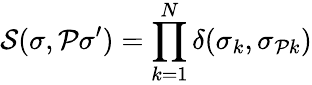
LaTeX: {\cal S}(\sigma,\mathcal{P}\sigma^{\prime})=\prod_{k=1}^{N}\delta(\sigma_{k},\sigma_{\mathcal{P}k})